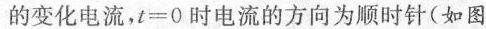
的变化电流，$$t = 0$$时电流的方向为顺时针(如图